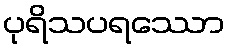
ပုရိသပရဿော